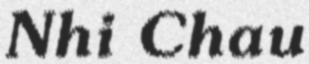
Nhi Chau